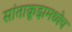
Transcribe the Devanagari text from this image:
सांताक्रूझमध्येच